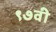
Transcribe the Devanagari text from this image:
९७वी